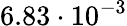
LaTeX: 6.83\cdot 10^{-3}